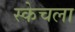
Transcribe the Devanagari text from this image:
स्केचला